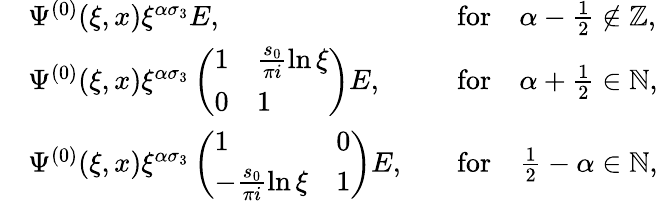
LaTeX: \begin{array}{rlrl}&{\Psi^{(0)}(\xi,x)\xi^{\alpha\sigma_{3}}E,}&&{\mathrm{for}\quad\alpha-\frac{1}{2}\notin\mathbb{Z},}\\ &{\Psi^{(0)}(\xi,x)\xi^{\alpha\sigma_{3}}\left(\begin{array}{ll}{1}&{\frac{s_{0}}{\pi i}\ln\xi}\\ {0}&{1}\end{array}\right)E,}&&{\mathrm{for}\quad\alpha+\frac{1}{2}\in\mathbb{N},}\\ &{\Psi^{(0)}(\xi,x)\xi^{\alpha\sigma_{3}}\left(\begin{array}{ll}{1}&{0}\\ {-\frac{s_{0}}{\pi i}\ln\xi}&{1}\end{array}\right)E,}&&{\mathrm{for}\quad\frac{1}{2}-\alpha\in\mathbb{N},}\end{array}